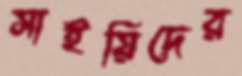
সাইয়িদের